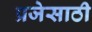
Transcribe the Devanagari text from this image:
प्रजेसाठी